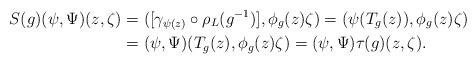
LaTeX: \begin{align*}S(g)(\psi,\Psi)(z,\zeta)&=([\gamma_{\psi(z)}\circ \rho_L(g^{-1})], \phi_g(z)\zeta)=(\psi(T_g(z)),\phi_g(z)\zeta)\\&=(\psi,\Psi)(T_g(z),\phi_g(z)\zeta)=(\psi,\Psi)\tau(g)(z,\zeta).\end{align*}